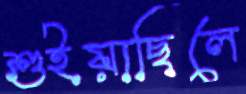
শুইয়াছিলে